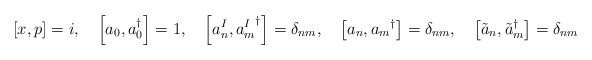
\begin{align*}\left[ x, p \right] = i, \quad\left[ a_0, a_0^\dagger \right] = 1, \quad\left[ a^I_n, {a^I_m}^\dagger \right] = \delta_{nm}, \quad\left[ a_n, {a_m}^\dagger \right] = \delta_{nm}, \quad\left[ \tilde{a}_n, {\tilde{a}_m}^\dagger \right] = \delta_{nm}\end{align*}